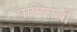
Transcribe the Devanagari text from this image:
पामिराची